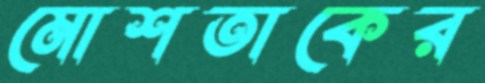
মোশতাকের